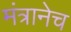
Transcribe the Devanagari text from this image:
मंत्रानेच